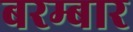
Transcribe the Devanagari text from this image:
बरम्बार